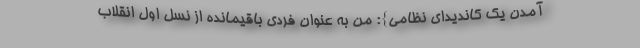
آمدن یک کاندیدای نظامی}: من به عنوان فردی باقیمانده از نسل اول انقلاب